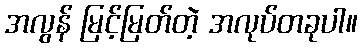
အလွန် မြင့်မြတ်တဲ့ အလုပ်တခုပါ။